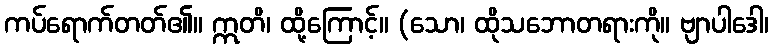
ကပ်ရောက်တတ်၏။ ဣတိ၊ ထို့ကြောင့်။ (သော၊ ထိုသဘောတရားကို။ ဗျာပါဒေါ၊